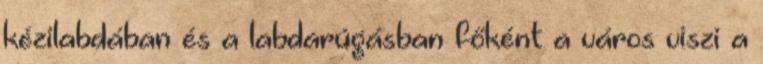
kézilabdában és a labdarúgásban főként a város viszi a